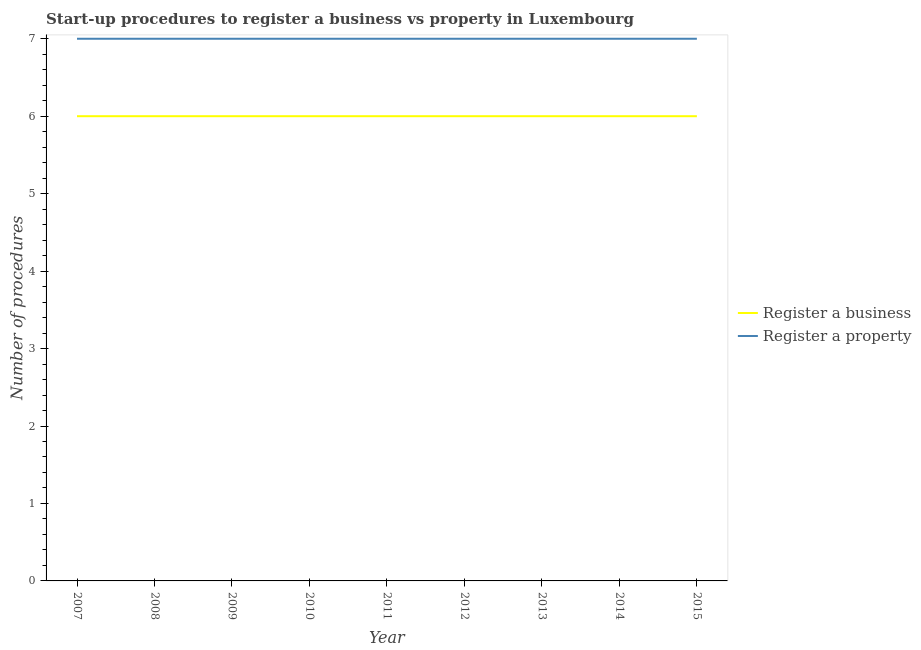
| Year | Register a business | Register a property |
 | --- | --- | --- |
 | 2007 | 6 | 7 |
 | 2008 | 6 | 7 |
 | 2009 | 6 | 7 |
 | 2010 | 6 | 7 |
 | 2011 | 6 | 7 |
 | 2012 | 6 | 7 |
 | 2013 | 6 | 7 |
 | 2014 | 6 | 7 |
 | 2015 | 6 | 7 |